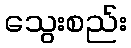
သွေးစည်း